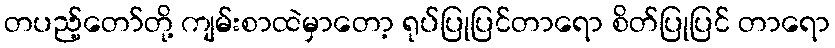
တပည့်တော်တို့ ကျမ်းစာထဲမှာတော့ ရုပ်ပြုပြင်တာရော စိတ်ပြုပြင် တာရော